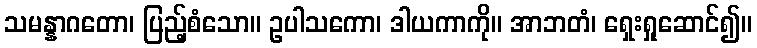
သမန္နာဂတော၊ ပြည့်စံသော။ ဥပါသကော၊ ဒါယကာကို။ အာဘတံ၊ ရှေးရှုဆောင်၍။